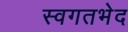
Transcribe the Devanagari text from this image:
स्वगतभेद